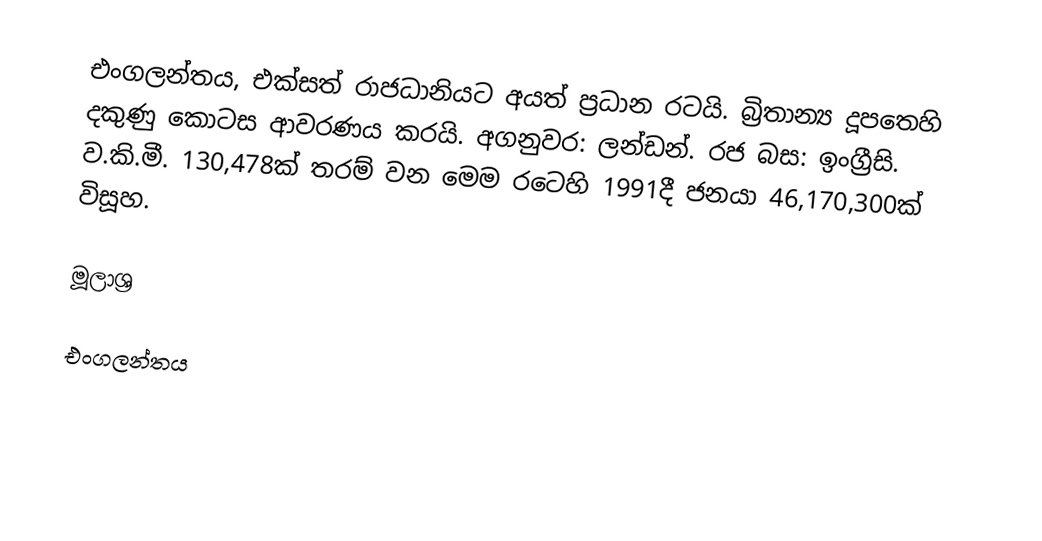
එංගලන්තය, එක්සත් රාජධානියට අයත් ප්‍රධාන රටයි. බ්‍රිතාන්‍ය දූපතෙහි දකුණු කොටස ආවරණය කරයි. අගනුවර: ලන්ඩන්. රජ බස: ඉංග්‍රීසි. ව.කි.මී. 130,478ක් තරම් වන මෙම රටෙහි 1991දී ජනයා 46,170,300ක් විසූහ.

මූලාශ්‍ර

එංගලන්තය